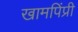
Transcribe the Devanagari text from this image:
खामपिंप्री